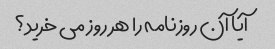
آیا آن روزنامه را هر روز می خرید؟